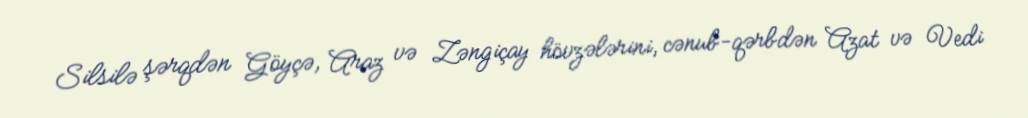
Silsilə şərqdən Göyçə, Araz və Zəngiçay hövzələrini, cənub-qərbdən Azat və Vedi